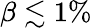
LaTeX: \beta\lesssim 1\%